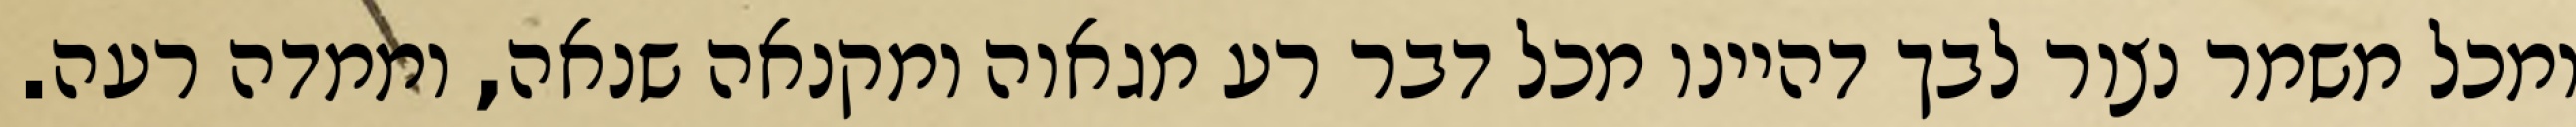
ומכל משמר נצור לבך דהיינו מכל דבר רע מגאוה ומקנאה שנאה, וממדה רעה.